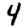
Digit: 4